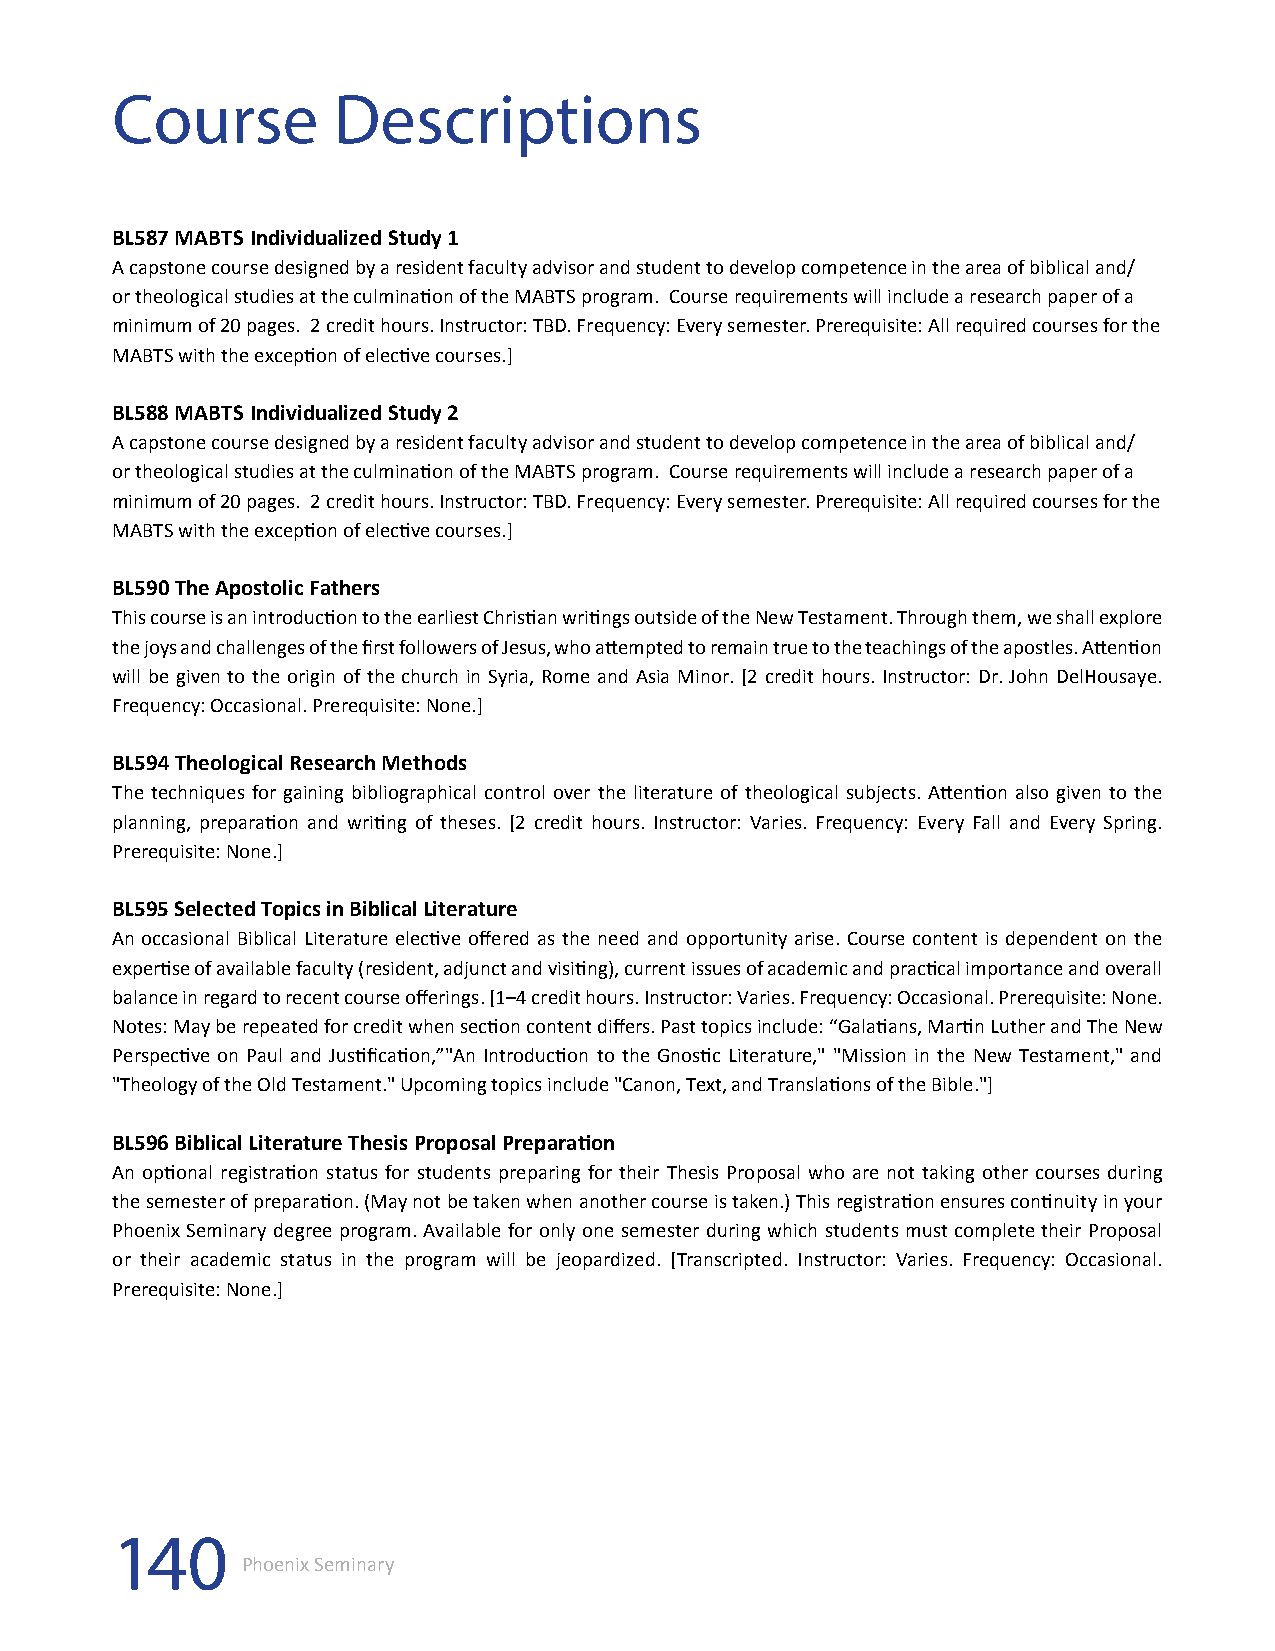
Course         Descriptions
 BL587 MABTS Individualized Study 1
 A capstone course designed by a resident faculty advisor and student to develop competence in the area of biblical and/
 or theological studies at the culmination of the MABTS program. Course requirements will include a research paper of a
 minimum of 20 pages. 2 credit hours. Instructor: TBD. Frequency: Every semester. Prerequisite: All required courses for the
 MABTS with the exception of elective courses.]
 BL588 MABTS Individualized Study 2
 A capstone course designed by a resident faculty advisor and student to develop competence in the area of biblical and/
 or theological studies at the culmination of the MABTS program. Course requirements will include a research paper of a
 minimum of 20 pages. 2 credit hours. Instructor: TBD. Frequency: Every semester. Prerequisite: All required courses for the
 MABTS with the exception of elective courses.]
 BL590 The Apostolic Fathers
 This course is an introduction to the earliest Christian writings outside of the New Testament. Through them, we shall explore
 the joys and challenges of the first followers of Jesus, who attempted to remain true to the teachings of the apostles. Attention
 will be given to the origin of the church in Syria, Rome and Asia Minor. [2 credit hours. Instructor: Dr. John DelHousaye.
 Frequency: Occasional. Prerequisite: None.]
 BL594 Theological Research Methods
 The techniques for gaining bibliographical control over the literature of theological subjects. Attention also given to the
 planning, preparation and writing of theses. [2 credit hours. Instructor: Varies. Frequency: Every Fall and Every Spring.
 Prerequisite: None.]
 BL595 Selected Topics in Biblical Literature
 An occasional Biblical Literature elective offered as the need and opportunity arise. Course content is dependent on the
 expertise of available faculty (resident, adjunct and visiting), current issues of academic and practical importance and overall
 balance in regard to recent course offerings. [1–4 credit hours. Instructor: Varies. Frequency: Occasional. Prerequisite: None.
 Notes: May be repeated for credit when section content differs. Past topics include: “Galatians, Martin Luther and The New
 Perspective on Paul and Justification,”"An Introduction to the Gnostic Literature," "Mission in the New Testament," and
 "Theology of the Old Testament." Upcoming topics include "Canon, Text, and Translations of the Bible."]
 BL596 Biblical Literature Thesis Proposal Preparation
 An optional registration status for students preparing for their Thesis Proposal who are not taking other courses during
 the semester of preparation. (May not be taken when another course is taken.) This registration ensures continuity in your
 Phoenix Seminary degree program. Available for only one semester during which students must complete their Proposal
 or their academic status in the program will be jeopardized. [Transcripted. Instructor: Varies. Frequency: Occasional.
 Prerequisite: None.]
 140
 Phoenix Seminary